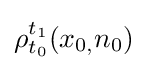
\rho _{t_{0}}^{t_{1}}(x_{0,}n_{0})